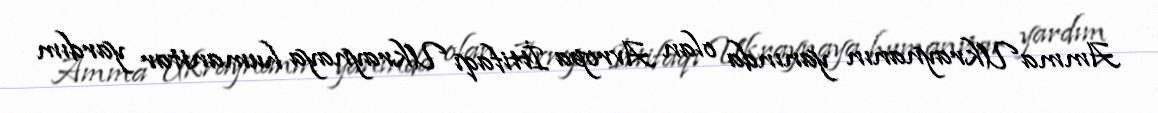
Amma Ukraynanın yanında olan Avropa İttifaqı Ukraynaya humanitar yardım